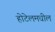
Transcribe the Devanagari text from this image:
होटेलमधील